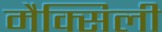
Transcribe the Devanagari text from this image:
मैक्सिली